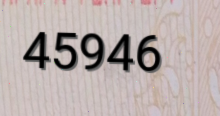
45946